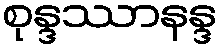
စုန္ဒဿာနန္ဒ